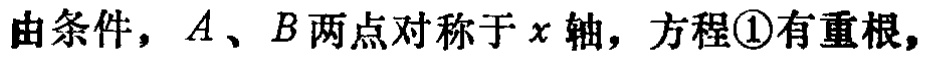
由条件，\(A\)、\(B\)两点对称于\(x\)轴，方程\textcircled{1}有重根，